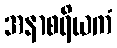
အနာစရိယကံ